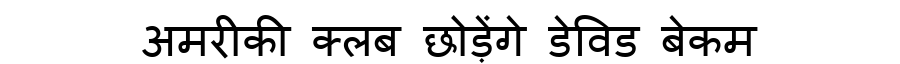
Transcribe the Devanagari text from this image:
अमरीकी क्लब छोड़ेंगे डेविड बेकम